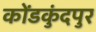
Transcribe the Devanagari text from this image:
कोंडकुंदपुर